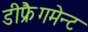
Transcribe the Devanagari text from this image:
डीफ्रैगमेन्ट